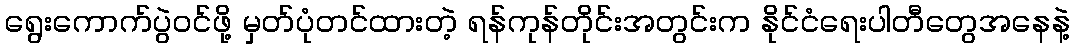
ရွေးကောက်ပွဲဝင်ဖို့ မှတ်ပုံတင်ထားတဲ့ ရန်ကုန်တိုင်းအတွင်းက နိုင်ငံရေးပါတီတွေအနေနဲ့